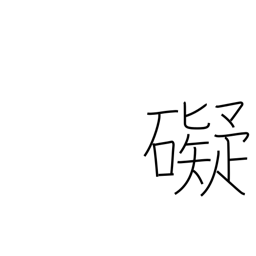
Meaning: deter